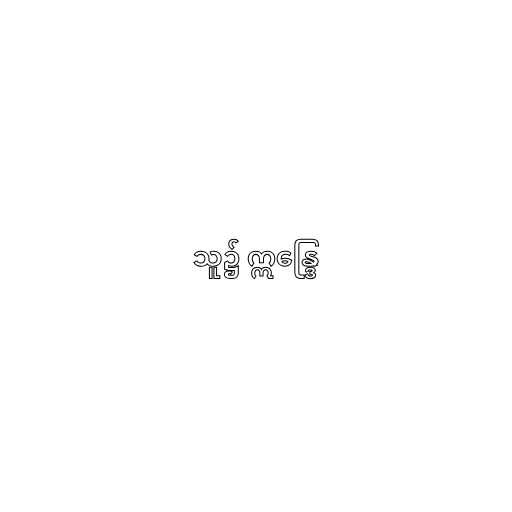
သူ၌ ဣန္ဒြေ